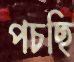
পচছি